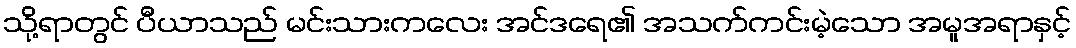
သို့ရာတွင် ပီယာသည် မင်းသားကလေး အင်ဒရေ၏ အသက်ကင်းမဲ့သော အမူအရာနှင့်